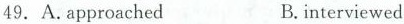
49. A.approached B.interviewed